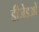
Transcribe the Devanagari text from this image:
डीजेडओ